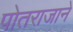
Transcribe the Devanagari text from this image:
पोतराजाने